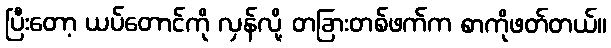
ပြီးတော့ ယပ်တောင်ကို လှန်လို့ တခြားတစ်ဖက်က စာကိုဖတ်တယ်။